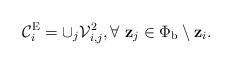
LaTeX: \begin{align*}\mathcal{C}_i^{\mathrm{E}} = \cup_j \mathcal{V}_{i,j}^{2}, \forall ~\mathbf{z}_j \in \Phi_{\mathrm b} \setminus \mathbf{z}_{i}.\end{align*}